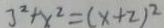
3 ^ { 2 } + x ^ { 2 } = ( x + 2 ) ^ { 2 }